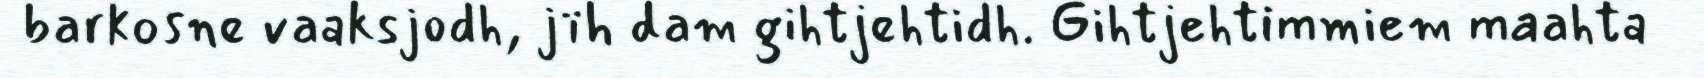
barkosne vaaksjodh, jïh dam gihtjehtidh. Gihtjehtimmiem maahta